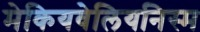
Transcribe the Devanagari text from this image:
मेकियवेलियनिस्म